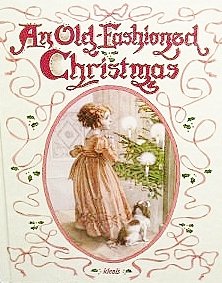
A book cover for An Old-Fashioned Christmas; Ideals Publications Inc; Politics & Social Sciences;